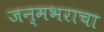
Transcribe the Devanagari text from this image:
जन्मभराचा